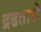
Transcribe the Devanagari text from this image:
द्रढतासे